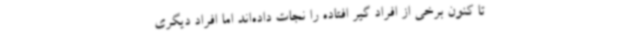
تا کنون برخی از افراد گیر افتاده را نجات داده‌اند اما افراد دیگری